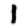
Digit: 1